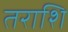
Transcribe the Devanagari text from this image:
तराशि